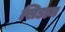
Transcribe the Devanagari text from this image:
सिडाम